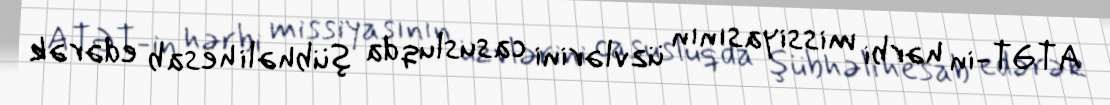
ATƏT-in hərbi missiyasının üzvlərini casusluqda şübhəli hesab edərək